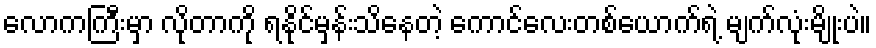
လောကကြီးမှာ လိုတာကို ရနိုင်မှန်းသိနေတဲ့ ကောင်လေးတစ်ယောက်ရဲ့ မျက်လုံးမျိုးပဲ။